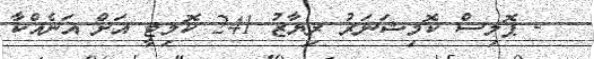
- ޕޮލިސް ކޮމިޝަނަރު ރިޔާޒު 241 ކޮމިޓީ އަށް އަނެއްކާ